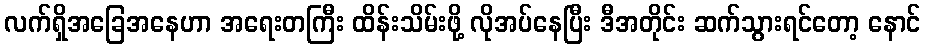
လက်ရှိအခြေအနေဟာ အရေးတကြီး ထိန်းသိမ်းဖို့ လိုအပ်နေပြီး ဒီအတိုင်း ဆက်သွားရင်တော့ နောင်